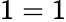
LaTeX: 1=1